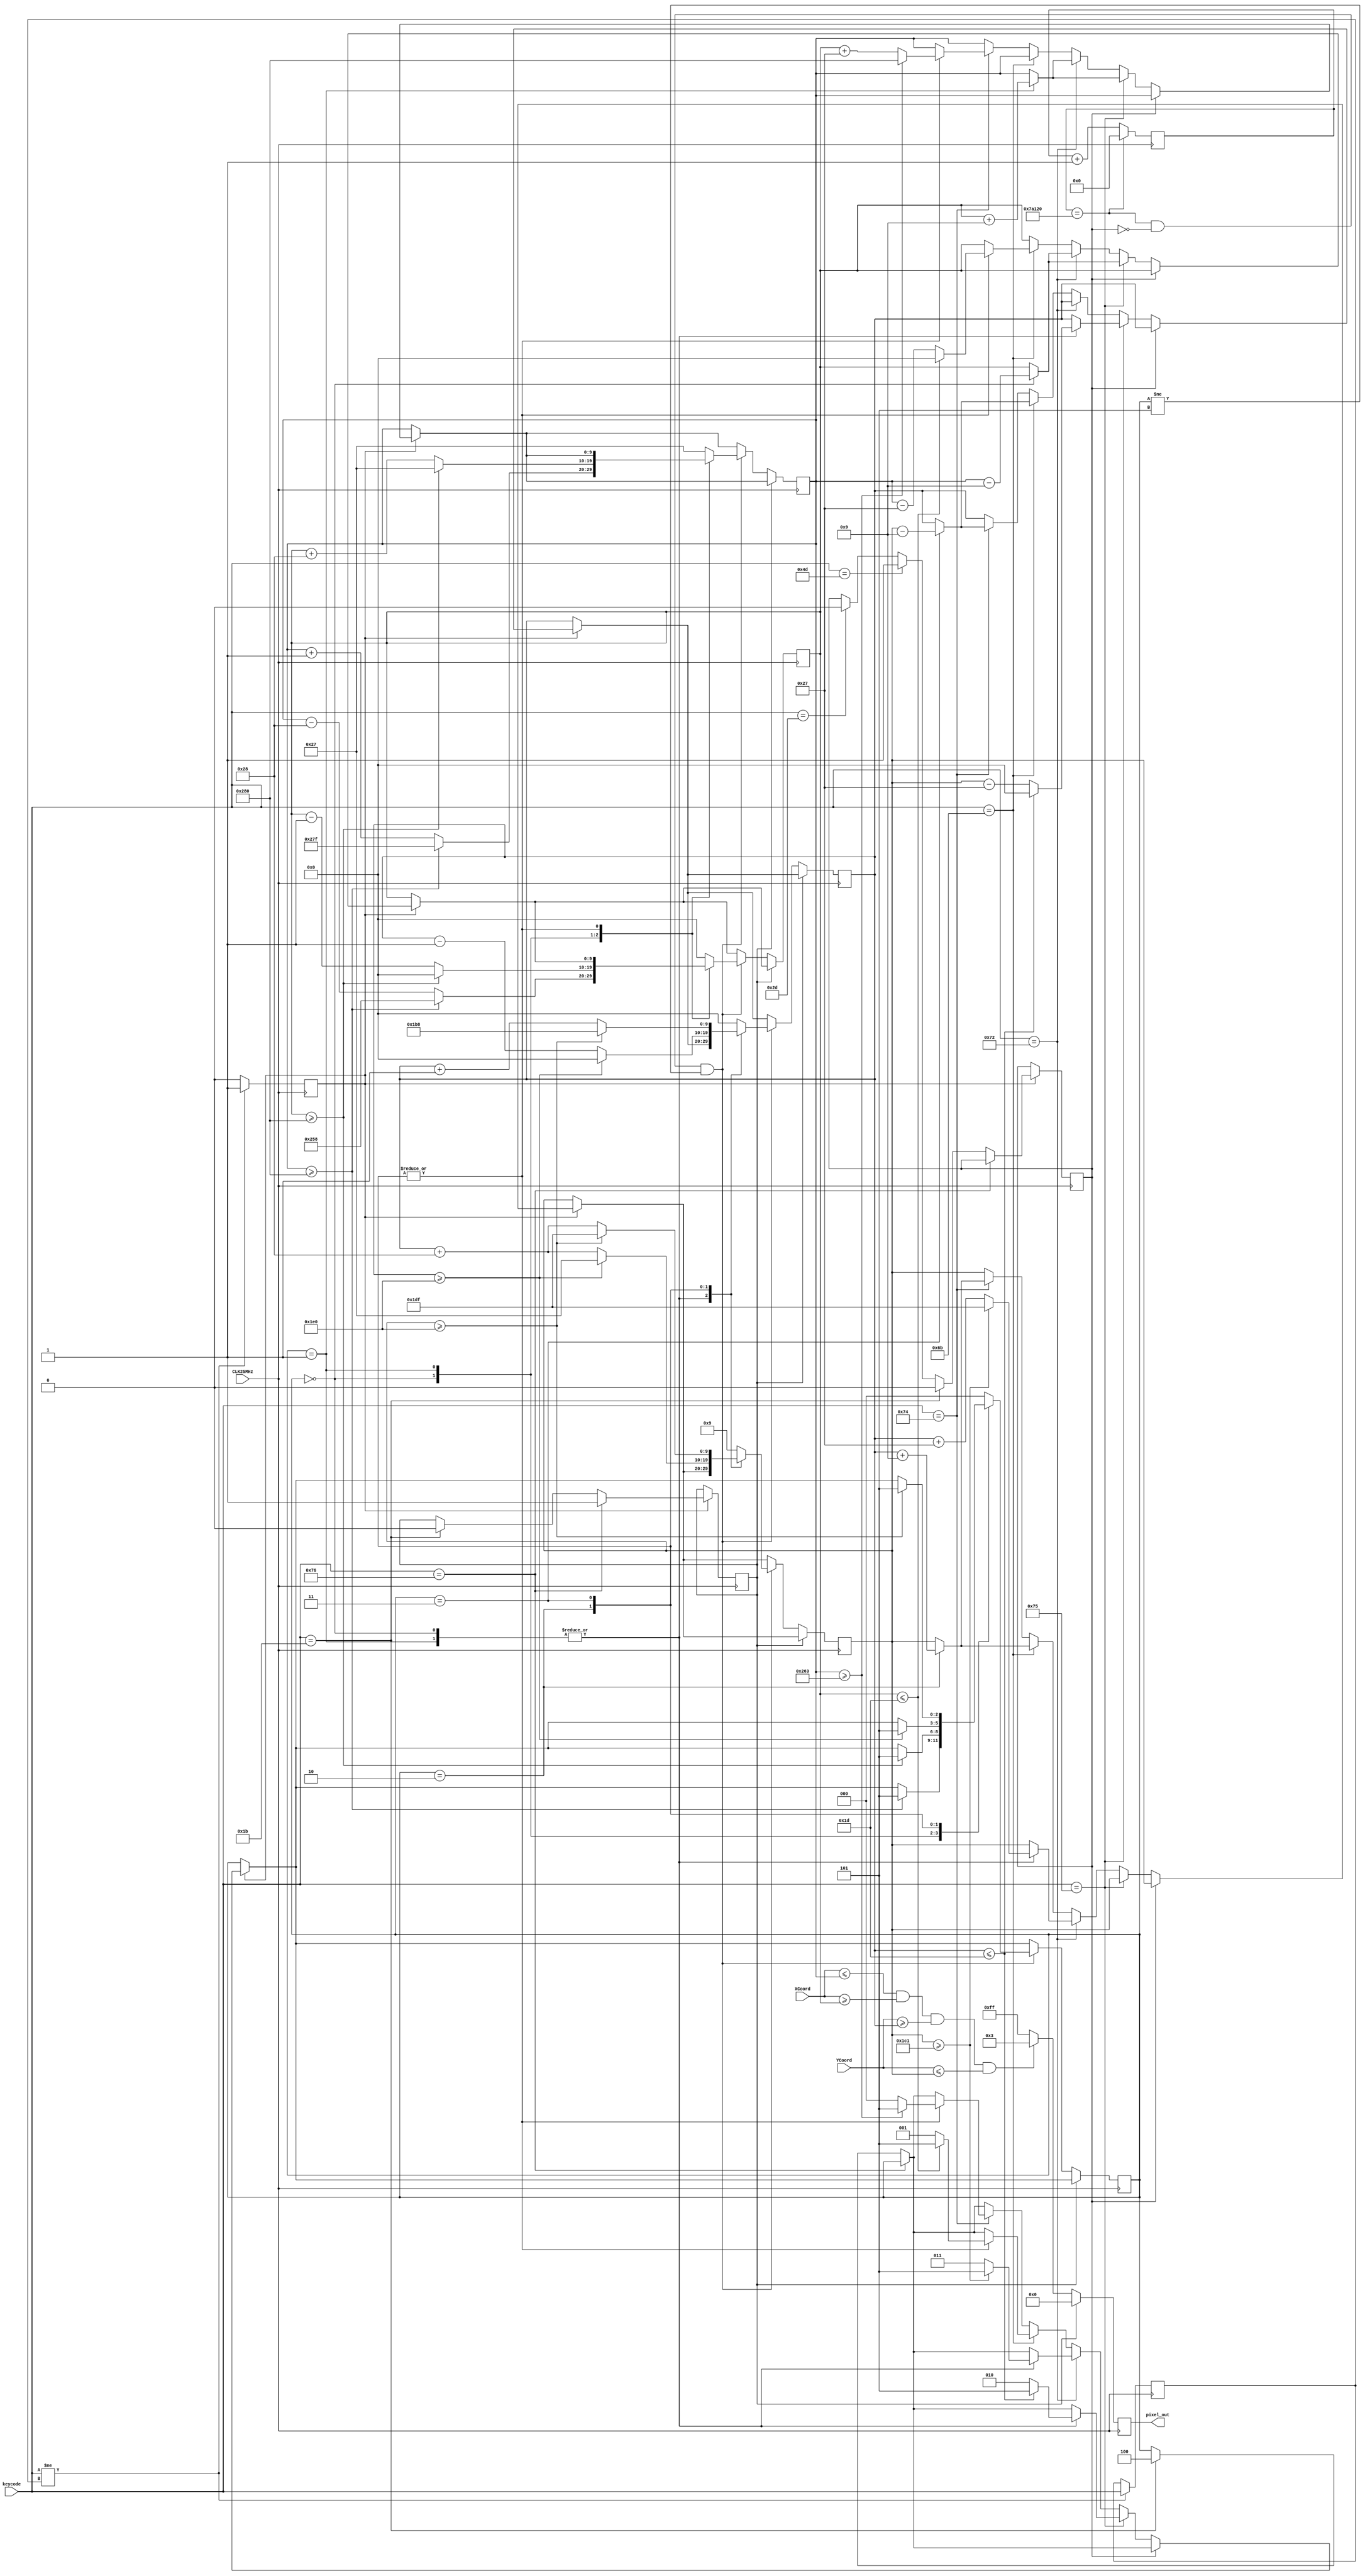
module Snake_VGA (CLK25MHz, keycode, XCoord, YCoord, pixel_out);
  input CLK25MHz; 
  input [9:0] XCoord, YCoord;
  input [7:0] keycode;
  
  output [7:0] pixel_out;
  
  // use the keyboard marked with Tommy<3Shirley in the lab
  
  reg [7:0] pixel_out;
  reg [9:0] snake_left_column, snake_right_column, snake_top_row, snake_bottom_row;    // refers to the coordinate in the middle of the snake
  reg [2:0] snake_movement_direction;       // 0 == right 1 == left, 2 == up, 3 == down, 4 == reset, 5 == game lost
  reg [18:0] Counter_50Hz;
  reg ESC;
  reg pause;
  reg [7:0] keycode_buffer;
  reg newKeycode;
  
  always @ (posedge CLK25MHz)
    begin
	 
      if(Counter_50Hz == 500000)
        Counter_50Hz <= 0;
      else
        Counter_50Hz <= Counter_50Hz + 1;  
      
		if (keycode != keycode_buffer)
			begin
				keycode_buffer <= keycode;
				newKeycode <= 1;
			end
		else
			newKeycode <= 0;
			

		if(newKeycode)
			begin
				if(keycode == 8'h76)               // ESC
				  ESC <= 1;
				else if (keycode == 8'h1B)         // restart game == S
				  begin
					 ESC <= 0;
					 pause <= 0;
					 snake_movement_direction <= 4;
				  end
				else if (keycode == 8'h4D)         // pause == P
				  pause <= 1;
				else if (keycode == 8'h2D)         // resume == R
				  pause <= 0;
				else
					begin
					end
				 
				if(pause == 0)
					begin
						if (keycode == 8'h75)        // UP Arrow
						  begin
							 case (snake_movement_direction)
								1:                             // left
								  begin						 
									 if(snake_top_row <= 29)
										begin
										  snake_top_row <= 0;
										  snake_right_column <= snake_left_column + 9;
										  snake_movement_direction <= 5;
										end
									 else
										begin
										  snake_top_row <= snake_bottom_row -39;
										  snake_right_column <= snake_left_column + 9;
										  snake_movement_direction <= 2;
										end                
								  end  
								0:                              // right
								  begin
									 
									 if(snake_top_row <= 29)
										begin
										  snake_top_row <= 0;
										  snake_left_column <= snake_right_column - 9;
										  snake_movement_direction <= 5;
										end
									 else
										begin
										  snake_top_row <= snake_bottom_row -39;
										  snake_left_column <= snake_right_column - 9;
										  snake_movement_direction <= 2;
										end                
								  end
								default:
								  begin
								  end
							 endcase
						  end
						else if (keycode == 8'h72)        // DOWN Arrow
						  begin
							 case (snake_movement_direction)
								1:                          // left
								  begin
																			 
									 if(snake_bottom_row >= 449)
										begin
										  snake_bottom_row <= 479;
										  snake_right_column <= snake_left_column + 9;
										  snake_movement_direction <= 5;
										end
									 else
										begin
										  snake_bottom_row <= snake_top_row + 39;
										  snake_right_column <= snake_left_column + 9;
										  snake_movement_direction <= 3;
										end
								  end
								0:                           // right
								  begin
																	  
									 if(snake_bottom_row >= 449)
										begin
										  snake_bottom_row <= 479;
										  snake_left_column <= snake_right_column - 9;
										  snake_movement_direction <= 5;
										end
									 else
										begin
										  snake_bottom_row <= snake_top_row + 39;
										  snake_left_column <= snake_right_column -9;
										  snake_movement_direction <= 3;	
										end
								  end
								default:
								  begin
								  end
							 endcase       
						  end
						else if(keycode == 8'h6B)         // LEFT Arrow
						  begin
							 case (snake_movement_direction)
								2:                          // up
								  begin
									 
									 if(snake_left_column <= 29)
										begin
										  snake_left_column <= 0;
										  snake_bottom_row <= snake_top_row + 9;
										  snake_movement_direction <= 5;
										end
									 else
										begin
										  snake_left_column <= snake_right_column - 39;
										  snake_bottom_row <= snake_top_row + 9;
										  snake_movement_direction <= 1;
										end
								  end
								3:                          // down
								  begin
									 
									 if(snake_left_column <= 29)
										begin
										  snake_left_column <= 0;
										  snake_top_row <= snake_bottom_row - 9;
										  snake_movement_direction <= 5;
										end
									 else
										begin
										  snake_left_column <= snake_right_column - 39;
										  snake_top_row <= snake_bottom_row - 9;
										  snake_movement_direction <= 1;
										end
								  end
								default
									begin
									end
							 endcase
						  end
						else if(keycode == 8'h74)           // RIGHT Arrow
						  begin
							 case (snake_movement_direction)
								2:                            // up
								  begin
									 
									 if(snake_right_column >= 611)
										begin
										  snake_right_column <= 640;
										  snake_bottom_row <= snake_top_row + 9;
										  snake_movement_direction <= 5;
										end
									 else
										begin
										  snake_right_column <= snake_left_column + 39;
										  snake_bottom_row <= snake_top_row + 9;
										  snake_movement_direction <= 0;
										end
								  end
								3:                            // down
									begin
									 if(snake_right_column >= 611)
										begin
										  snake_right_column <= 640;
										  snake_top_row <= snake_bottom_row - 9;
										  snake_movement_direction <= 5;
										end
									 else
										begin
										  snake_right_column <= snake_left_column + 39;
										  snake_top_row <= snake_bottom_row - 9;
										  snake_movement_direction <= 0;
										end
								  end
								default:
								  begin
								  end
							 endcase
						 end
					  else
						 begin
						 end
					end
				end
		 else
			begin
			end

		
      if (ESC == 0)
        begin
		  
         if(XCoord <= snake_right_column && XCoord >= snake_left_column && YCoord >= snake_top_row && YCoord <= snake_bottom_row)
            pixel_out <= 8'b00000011;    // blue
         else
            pixel_out <= 8'b11111111;    // white
          
          if(Counter_50Hz == 500000 && pause == 0 && snake_movement_direction != 5)
            begin
              case (snake_movement_direction)
				    0:        // right
                  begin
                    if(snake_right_column >= 640)
                      begin
								 snake_right_column <= 639;
								 snake_left_column <= 600;
                         snake_movement_direction <= 5;
                      end
                    else
                      begin
                        snake_right_column <= snake_right_column + 1;
                        snake_left_column <= snake_right_column - 40;
                      end
                  end  
                1:        // left
                  begin
                    if (snake_left_column >= 640)
                      begin
								 snake_left_column <= 0;
								 snake_right_column <= 39;
                         snake_movement_direction <= 5;
                      end
                    else
                      begin
                        snake_left_column <= snake_left_column - 1;
                        snake_right_column <= snake_left_column + 40;
                      end
                  end						
               2:        // up
                  begin
                    if(snake_top_row >= 480)
                      begin
								snake_top_row <= 0;
								snake_bottom_row <= 39;
                        snake_movement_direction <= 5;
                      end
                    else
                      begin
                        snake_top_row <= snake_top_row - 1;
                        snake_bottom_row <= snake_top_row + 40;
                      end
                  end
                3:        // down
                  begin
                    if (snake_bottom_row >= 480)
                      begin
								 snake_bottom_row <= 479; 
								 snake_top_row <= 440;
                         snake_movement_direction <= 5;
                      end
                    else
                      begin
                        snake_top_row <= snake_top_row + 1;
                        snake_bottom_row <= snake_top_row + 40;
                      end           
                  end
					 4:
                  begin
                    snake_top_row <= 0;
                    snake_bottom_row <= 9;
                    snake_left_column <= 0;
                    snake_right_column <= 39;
						  snake_movement_direction <= 0;
                  end            
                default:
                  begin
                    snake_top_row <= 0;
                    snake_bottom_row <= 9;
                    snake_left_column <= 0;
                    snake_right_column <= 39;
						  snake_movement_direction <= 0;
                  end
              endcase
            end
          else
            begin
            end
        end
      else if (ESC == 1)
        pixel_out <= 8'b00000000;
    end
    
 
endmodule